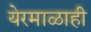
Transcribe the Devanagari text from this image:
येरमाळाही